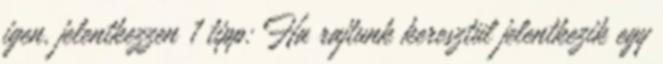
igen, jelentkezzen 1 tipp: Ha rajtunk keresztül jelentkezik egy